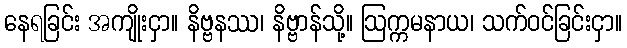
နေရခြင်း အကျိုးငှာ။ နိဗ္ဗနဿ၊ နိဗ္ဗာန်သို့။ ဩက္ကမနာယ၊ သက်ဝင်ခြင်းငှာ။